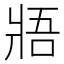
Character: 𤕻